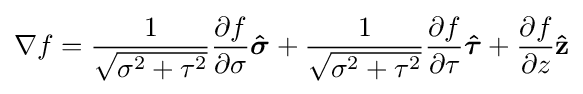
\nabla f={\frac {1}{\sqrt {\sigma ^{2}+\tau ^{2}}}}{\partial f \over \partial \sigma }{\boldsymbol {\hat {\sigma }}}+{\frac {1}{\sqrt {\sigma ^{2}+\tau ^{2}}}}{\partial f \over \partial \tau }{\boldsymbol {\hat {\tau }}}+{\partial f \over \partial z}\mathbf {\hat {z}}